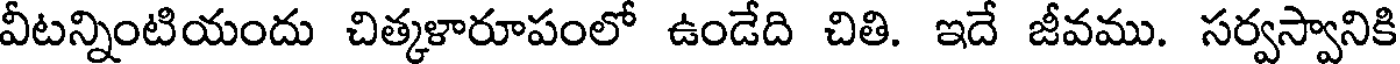
వీటన్నింటియందు చిత్కళారూపంలో ఉండేది చితి. ఇదే జీవము. సర్వస్వానికి